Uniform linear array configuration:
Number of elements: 8
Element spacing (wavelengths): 0.25
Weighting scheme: hann
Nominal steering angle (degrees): -60
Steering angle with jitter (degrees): -60.019
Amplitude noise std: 0.05
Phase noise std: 0.05

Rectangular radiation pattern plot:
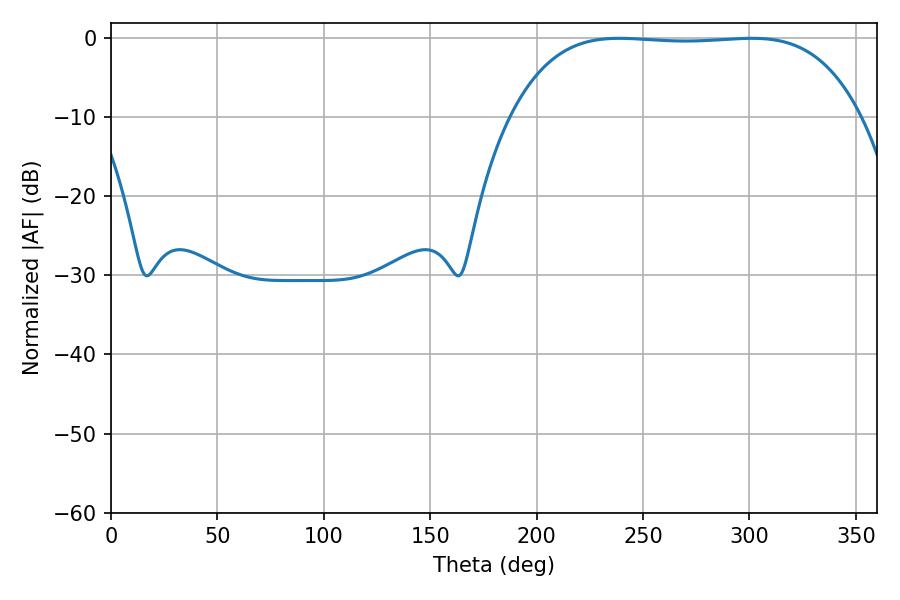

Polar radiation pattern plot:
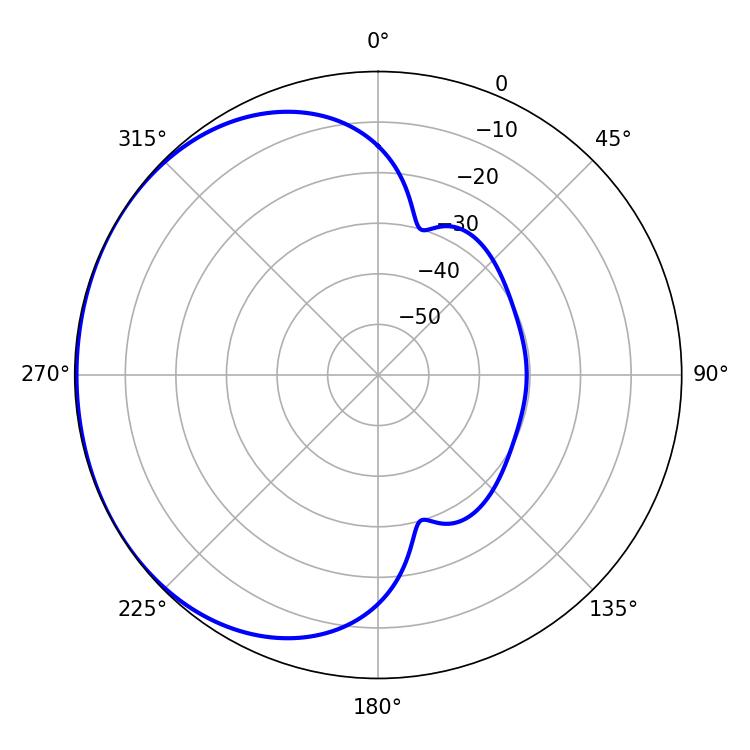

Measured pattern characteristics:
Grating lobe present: FALSE
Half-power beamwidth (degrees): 127.8
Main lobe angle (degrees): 238.86